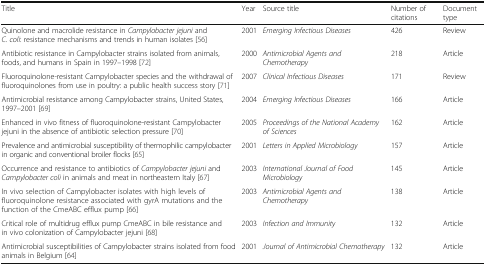
<table><thead><tr><td><b>Title</b></td><td><b>Year</b></td><td><b>Source title</b></td><td><b>Number of citations</b></td><td><b>Document type</b></td></tr></thead><tbody><tr><td>Quinolone and macrolide resistance in <i>Campylobacter jejuni</i> and <i>C. coli</i>: resistance mechanisms and trends in human isolates [56]</td><td>2001</td><td><i>Emerging Infectious Diseases</i></td><td>426</td><td>Review</td></tr><tr><td>Antibiotic resistance in Campylobacter strains isolated from animals, foods, and humans in Spain in 1997–1998 [72]</td><td>2000</td><td><i>Antimicrobial Agents and Chemotherapy</i></td><td>218</td><td>Article</td></tr><tr><td>Fluoroquinolone-resistant Campylobacter species and the withdrawal of fluoroquinolones from use in poultry: a public health success story [71]</td><td>2007</td><td><i>Clinical Infectious Diseases</i></td><td>171</td><td>Review</td></tr><tr><td>Antimicrobial resistance among Campylobacter strains, United States, 1997–2001 [69]</td><td>2004</td><td><i>Emerging Infectious Diseases</i></td><td>166</td><td>Article</td></tr><tr><td>Enhanced in vivo fitness of fluoroquinolone-resistant Campylobacter jejuni in the absence of antibiotic selection pressure [70]</td><td>2005</td><td><i>Proceedings of the National Academy of Sciences</i></td><td>162</td><td>Article</td></tr><tr><td>Prevalence and antimicrobial susceptibility of thermophilic campylobacter in organic and conventional broiler flocks [65]</td><td>2001</td><td><i>Letters in Applied Microbiology</i></td><td>157</td><td>Article</td></tr><tr><td>Occurrence and resistance to antibiotics of <i>Campylobacter jejuni</i> and <i>Campylobacter coli</i> in animals and meat in northeastern Italy [67]</td><td>2003</td><td><i>International Journal of Food Microbiology</i></td><td>145</td><td>Article</td></tr><tr><td>In vivo selection of Campylobacter isolates with high levels of fluoroquinolone resistance associated with gyrA mutations and the function of the CmeABC efflux pump [66]</td><td>2003</td><td><i>Antimicrobial Agents and Chemotherapy</i></td><td>138</td><td>Article</td></tr><tr><td>Critical role of multidrug efflux pump CmeABC in bile resistance and in vivo colonization of Campylobacter jejuni [68]</td><td>2003</td><td><i>Infection and Immunity</i></td><td>132</td><td>Article</td></tr><tr><td>Antimicrobial susceptibilities of Campylobacter strains isolated from food animals in Belgium [64]</td><td>2001</td><td><i>Journal of Antimicrobial Chemotherapy</i></td><td>132</td><td>Article</td></tr></tbody></table>